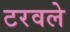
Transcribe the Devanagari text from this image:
टरवले